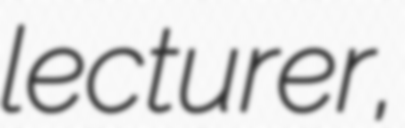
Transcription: lecturer,